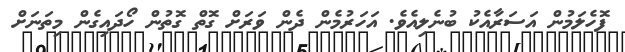
ފޮހެލަމުން އަސަރާއެކު ބުނެލިއެވެ. އަހަރުމެން ދެން ވަރަށް ގޮތް ގޮތުން ހޯދައިގެން މިތަނަށް